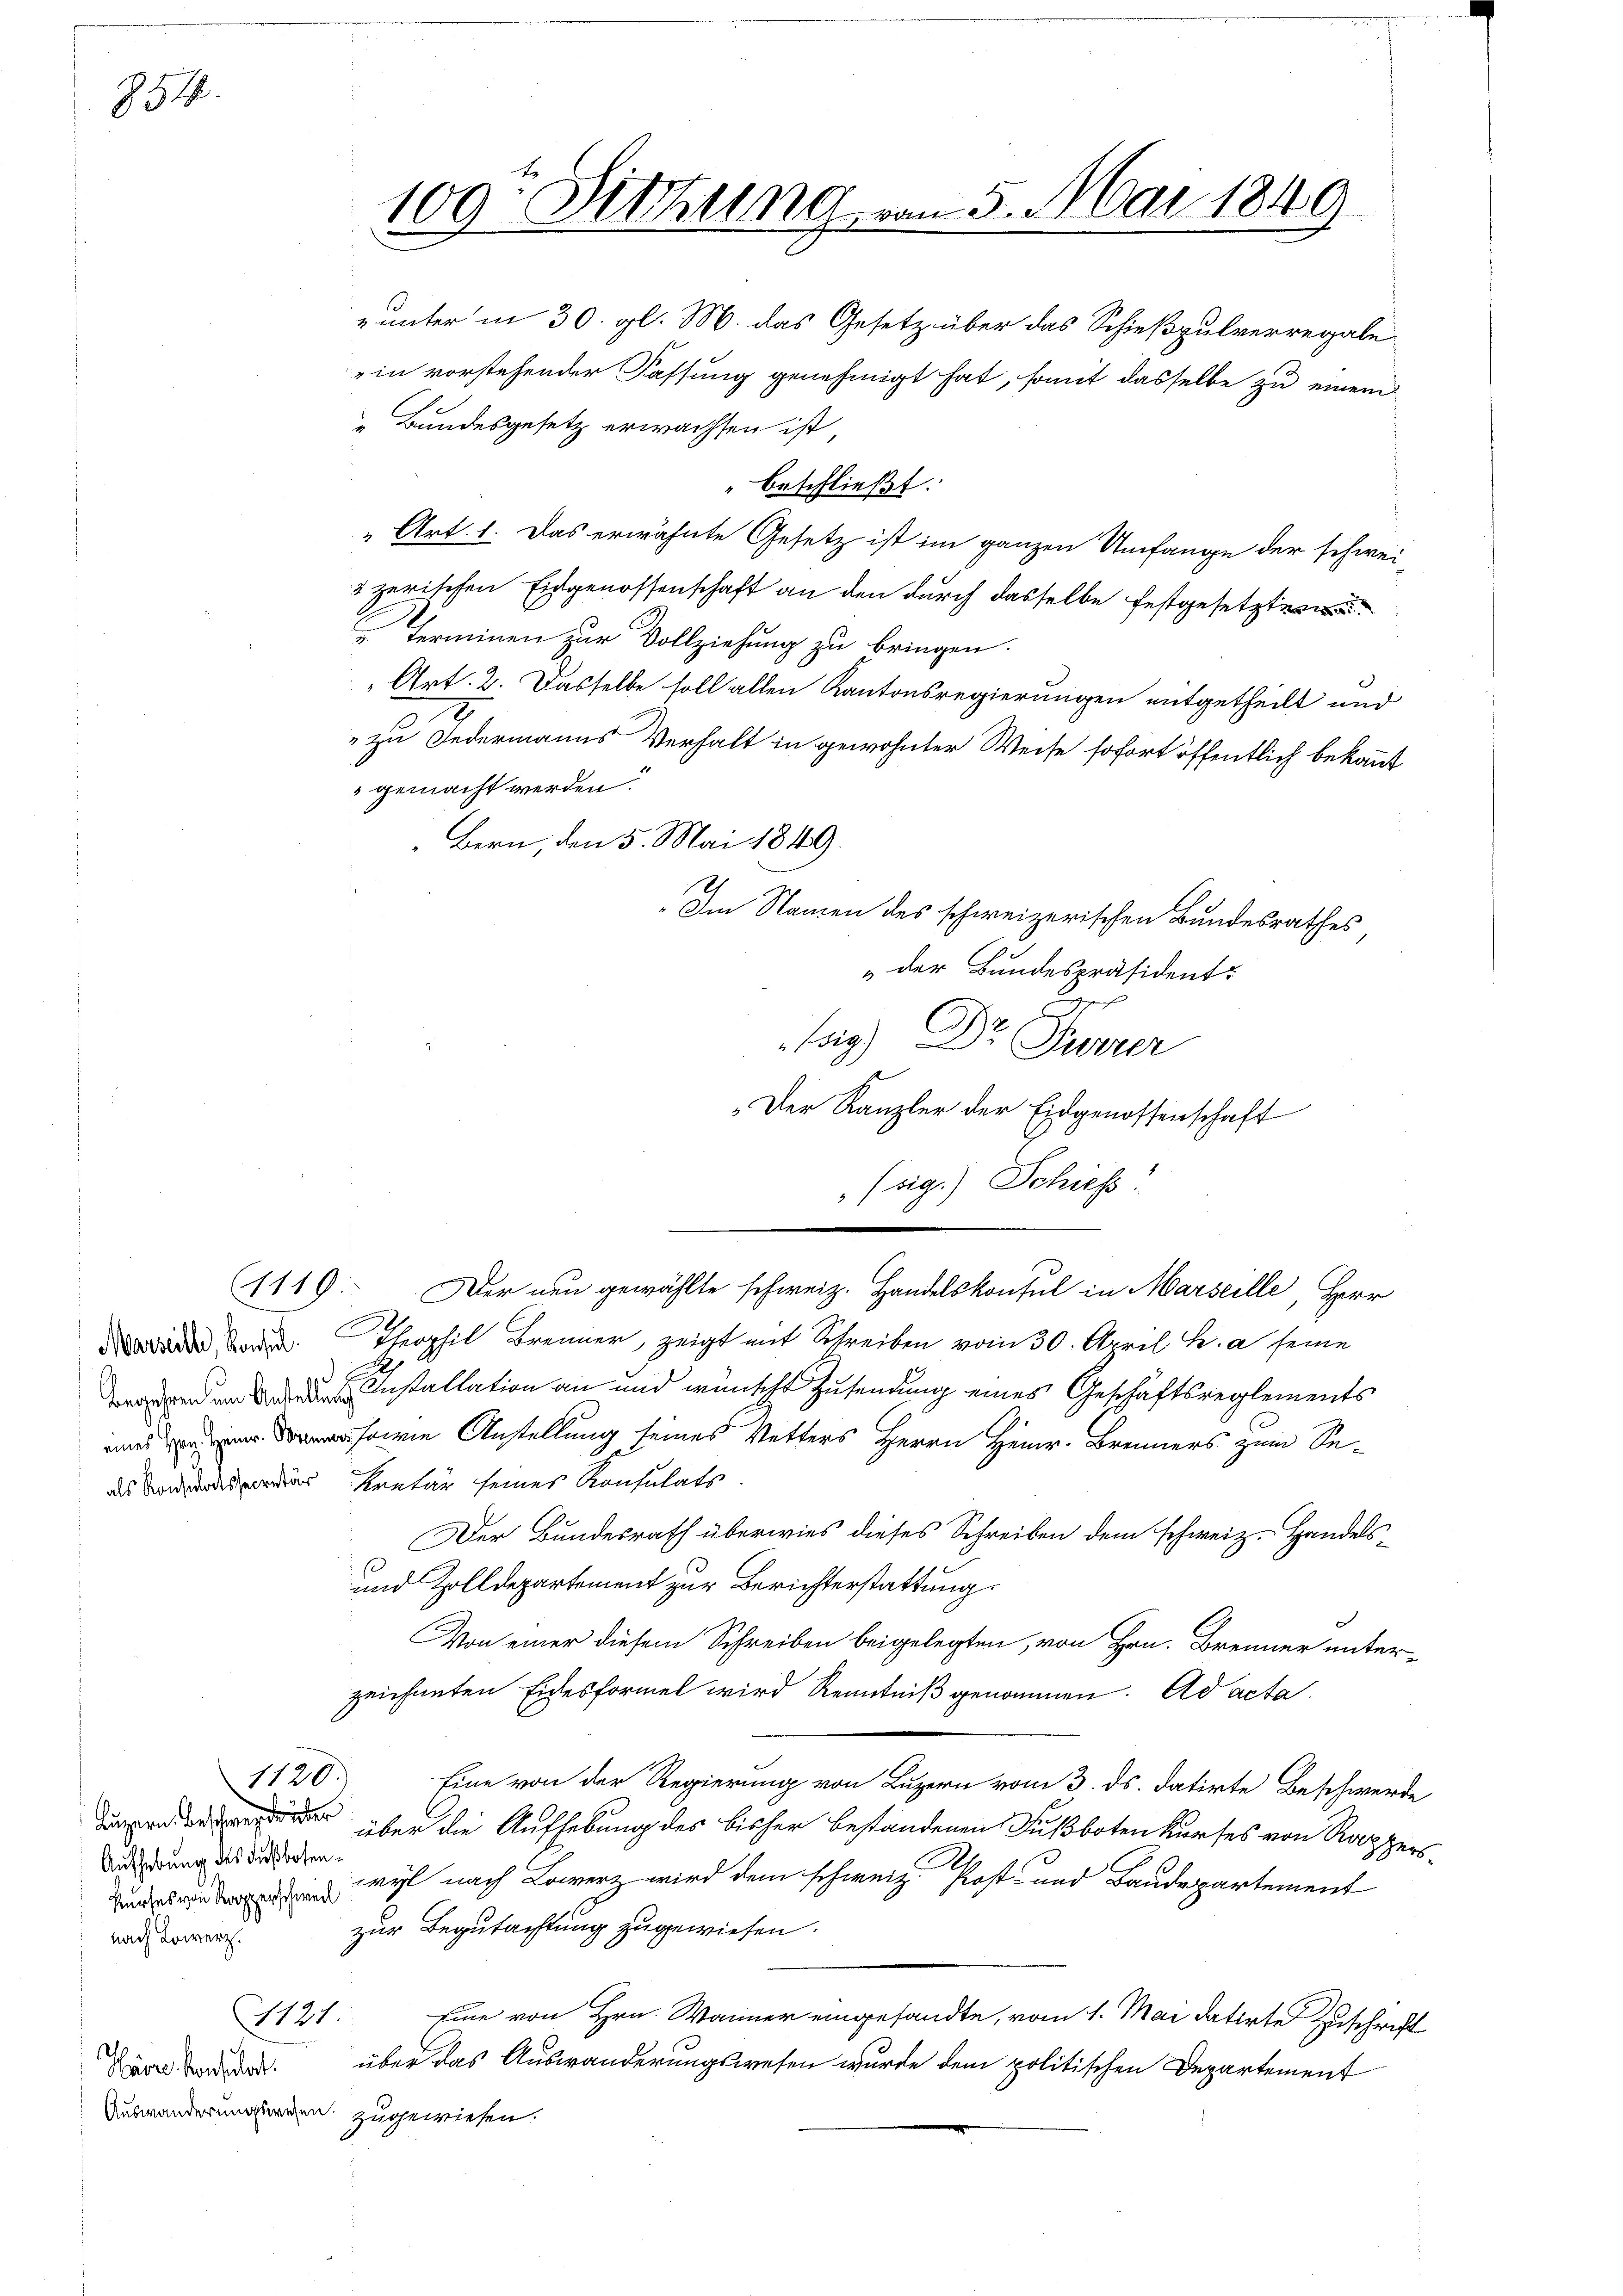
854.

Marseite, Konsul

(1119.

Aufhebung des Fußbosennach Lowerz.

Havre konsulort.

4121.

Sitzung von 5. Mai 1849
109.

unter in 30. gl. M. das Gesetz über das Schießpulverregale
in vorstehender Fassung genehmigt hat, somit dasselbe zu einem
„Bundesgesetz erwachsen ist,
" beschließt:
" Art. 1. Das erwähnte Gesetz ist im ganzen Umfange der schwei-
2 zerischen Eidgenossenschaft an den durch dasselbe festgesetzten
Terminen zur Vollziehung zu bringen.
Art. 2. Dasselbe soll allen Kantonsregierungen mitgetheilt und
II
" zu Federmanns Verhalt in gewohnter Weise sofort öffentlich bekannt
 gemacht werden.
„Bern, den 5. Mai 1849.
Im Namen des schweizerischen Bundesrathes
„der Bundespräsident.
ger
 2
(sig.) Dr Furrer
Der Kanzler der Eidgenossenschaft
n
Der neu gewählte schweiz. Handelskonsul in Marseille, Herr
Theophil Brenner, zeigt mit Schreiben vom 30. April h. a seine
Installation an und wünscht Zusendung eines Geschäftsreglements
sowie Anstellung seines Vetters Herrn Heinr. Brenners zum Sedls Vorordesverdar kretär seines Konsulats
Der Bundesrath überwies dieses Schreiben dem schweiz. Handels¬
und Zolldepartement zur Berichterstattung.
Von einer diesem Schreiben beigelegten, von Hrn. Brenner unterzeichneten Eidesformel wird Kenntniß genommen. Ad acta.
1120. Eine von der Regierung von Luzern vom 3. ds. datirte Beschwerde
 über die Aufhebung des bisher bestandenen Fußboten kurses von Rappers¬
 wyl nach Lowerz wird dem schweiz. Post- und Baudepartement
zur Begutachtung zugewiesen.
Eine von Hrn. Wanner eingesandte, vom 1. Mai datirte Zuschrift
über das Auswanderungswesen wurde dem politischen Departement
Auswanderungswesen zugewiesen.

(sig.) Schiess.